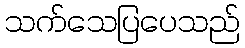
သက်သေပြပေသည်